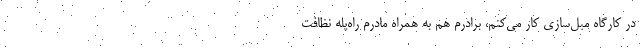
در کارگاه مبل‌سازی کار می‌کنم، برادرم هم به همراه مادرم راه‌پله نظافت